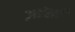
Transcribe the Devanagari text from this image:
ज़ांसी